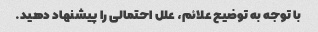
با توجه به توضیح علائم، علل احتمالی را پیشنهاد دهید.